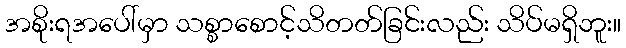
အစိုးရအပေါ်မှာ သစ္စာစောင့်သိတတ်ခြင်းလည်း သိပ်မရှိဘူး။